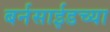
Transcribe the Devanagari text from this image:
बर्नसाईडच्या